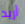
أريد